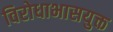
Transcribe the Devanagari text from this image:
विरोधाभासयुक्त